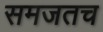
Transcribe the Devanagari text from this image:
समजतच